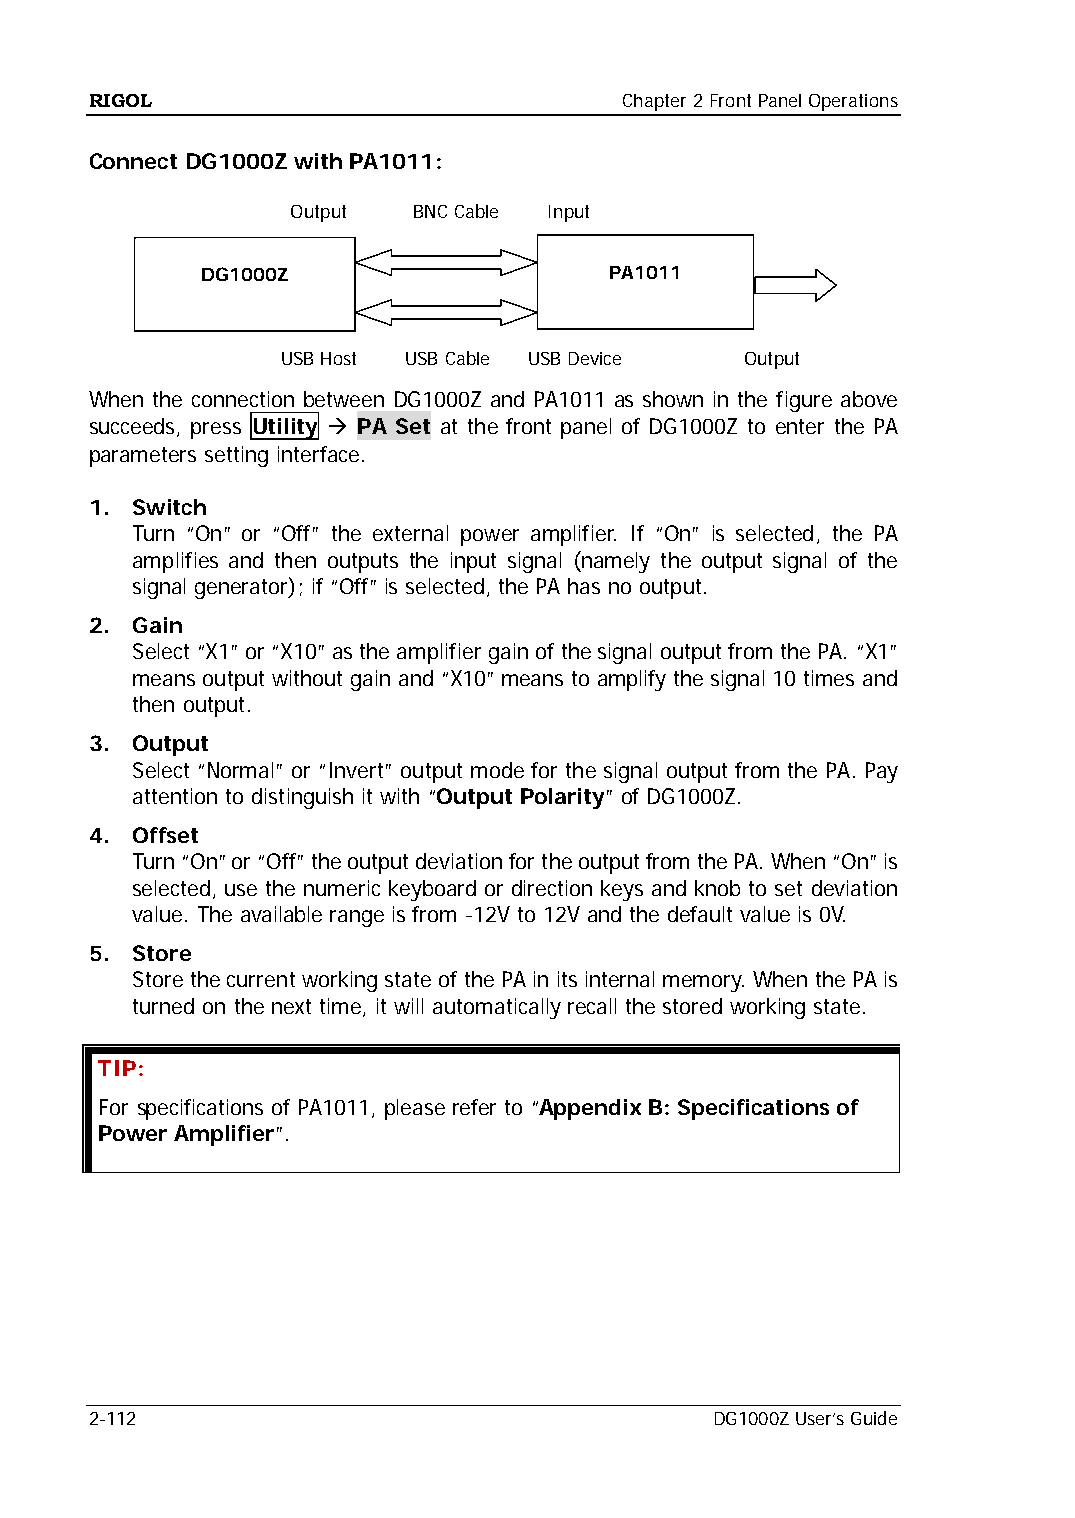
RIGOL                              Chapter 2 Front Panel Operations
 Connect DG1000Z with PA1011:
 Output  BNC Cable Input
 DG1000Z                    PA1011
 USB Host USB Cable USB Device Output
 When the connection between DG1000Z and PA1011 as shown in the figure above
 succeeds, press Utility  PA Set at the front panel of DG1000Z to enter the PA
 parameters setting interface.
 1. Switch
 Turn “On” or “Off” the external power amplifier. If “On” is selected, the PA
 amplifies and then outputs the input signal (namely the output signal of the
 signal generator); if “Off” is selected, the PA has no output.
 2. Gain
 Select “X1” or “X10” as the amplifier gain of the signal output from the PA. “X1”
 means output without gain and “X10” means to amplify the signal 10 times and
 then output.
 3. Output
 Select “Normal” or “Invert” output mode for the signal output from the PA. Pay
 attention to distinguish it with “Output Polarity” of DG1000Z.
 4. Offset
 Turn “On” or “Off” the output deviation for the output from the PA. When “On” is
 selected, use the numeric keyboard or direction keys and knob to set deviation
 value. The available range is from -12V to 12V and the default value is 0V.
 5. Store
 Store the current working state of the PA in its internal memory. When the PA is
 turned on the next time, it will automatically recall the stored working state.
 TIP:
 For specifications of PA1011, please refer to “Appendix B: Specifications of
 Power Amplifier”.
 2-112                                    DG1000Z User’s Guide